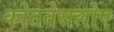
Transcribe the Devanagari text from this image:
कोततेसलोए